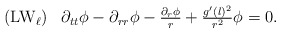
\begin{align*}\begin{array}{rc}({\rm LW}_{\ell})&\partial_{tt}\phi-\partial_{rr}\phi-\frac{\partial_r\phi}{r}+\frac{g'(l)^2}{r^2}\phi=0.\\\end{array}\end{align*}